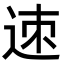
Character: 𨒪